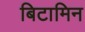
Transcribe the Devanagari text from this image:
बिटामिन